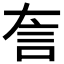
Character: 𬢚